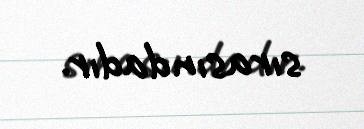
sırasındadır.